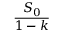
\frac { S _ { 0 } } { 1 - k }